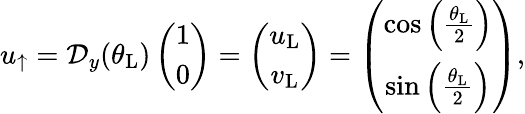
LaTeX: \begin{array}{r}{u_{\uparrow}=\mathcal{D}_{y}(\theta_{\mathrm{L}})\left(\begin{array}{c}{1}\\ {0}\end{array}\right)=\left(\begin{array}{c}{u_{\mathrm{L}}}\\ {v_{\mathrm{L}}}\end{array}\right)=\left(\begin{array}{cc}{\cos\left(\frac{\theta_{\mathrm{L}}}{2}\right)}\\ {\sin\left(\frac{\theta_{\mathrm{L}}}{2}\right)}\end{array}\right),}\end{array}